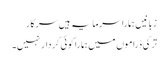
زبانیں ہمارا سرمایہ ہیں سرکار
ترکی ڈراموں میں ہمارا کوئی کردار نہیں۔